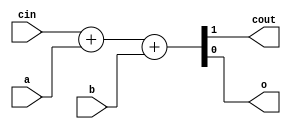
module VERIFIC_FADD (cin, a, b, cout, o);
  input cin, a, b;
  output cout, o;
  assign {cout, o} = cin + a + b;
endmodule

module VERIFIC_DFFRS (clk, s, r, d, q);
  input clk, d, s, r;
  output reg q ;
  always @(posedge clk, posedge s, posedge r)
    if (r) q <= 0;
    else if (s) q <= 1;
    else q <= d;
endmodule